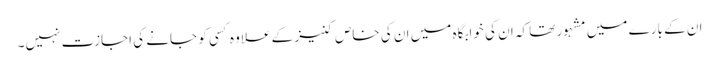
ان کے بارے میں مشہور تھا کہ ان کی خوابگاہ میں ان کی خاص کنیز کے علاوہ کسی کو جانے کی اجازت نہیں۔